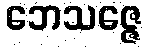
ဘေသဇ္ဇေ